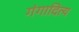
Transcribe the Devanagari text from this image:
गंगादित्य